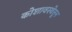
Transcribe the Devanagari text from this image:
कोशावस्थेतून